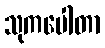
သုကပေါတာ